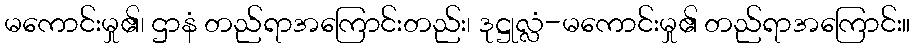
မကောင်းမှု၏၊ ဌာနံ တည်ရာအကြောင်းတည်း၊ ဒုဋ္ဌုလ္လံ-မကောင်းမှု၏ တည်ရာအကြောင်း။